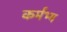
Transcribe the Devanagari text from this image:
कर्मभ्य